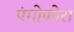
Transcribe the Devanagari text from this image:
एंगोफोरा